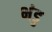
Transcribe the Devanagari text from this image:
भंडु